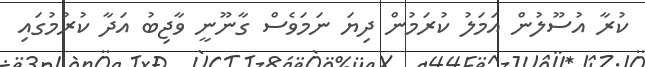
ކުރާ އުސޫލުން އަމަލު ކުރަމުން ދިޔަ ނަމަވެސް ގާނޫނީ ވާޖިބު އަދާ ކުރުމުގައި